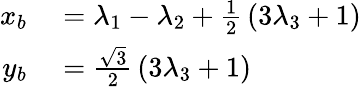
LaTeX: \begin{array}{rl}{x_{b}}&{{}=\lambda_{1}-\lambda_{2}+\frac{1}{2}\, (3\lambda_{3}+1)}\\ {y_{b}}&{{}=\frac{\sqrt{3}}{2}\, (3\lambda_{3}+1)}\end{array}